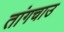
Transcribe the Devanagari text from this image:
तांगचाउ